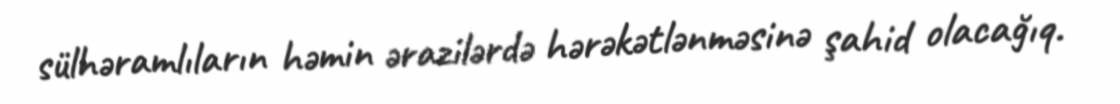
sülhəramlıların həmin ərazilərdə hərəkətlənməsinə şahid olacağıq.